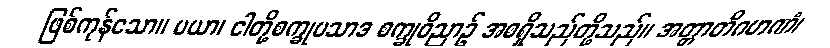
ဖြစ်ကုန်သော။ မယာ၊ ငါတို့စက္ခုပသာဒ စက္ခုဝိညာဉ် အစရှိသည်တို့သည်။ အတ္တာတိဂဟဏံ၊